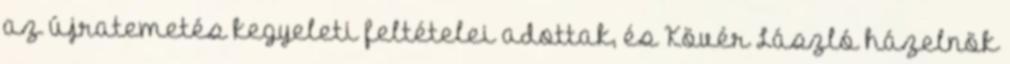
az újratemetés kegyeleti feltételei adottak, és Kövér László házelnök